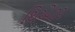
થિએટર